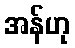
အန်ဟု